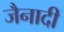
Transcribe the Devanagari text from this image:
जैनादी